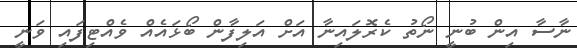
ނާސާ އިން ބުނީ ނޯތު ކެރޮލައިނާ އަށް އަލިފާން ބޯޅައެއް ވެއްޓިފައި ވަނީ